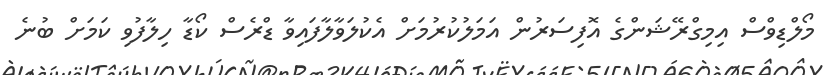
މޯލްޑިވްސް އިމިގްރޭޝަންގެ އޮފިސަރުން އަމަލުކުރުމަށް އެކުލަވާލާފައިވާ ޑްރެސް ކޯޑާ ހިލާފުވި ކަމަށް ބުނެ